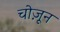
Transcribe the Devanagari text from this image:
चोज़ून